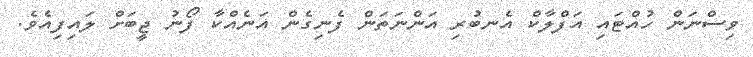
ވިސްނަން ހުއްޓައި އަފްލާކް އެނބުރި އަންނަތަން ފެނިގެން އަނެއްކާ ފޯނު ޖީބަށް ލައިފިއެވެ.